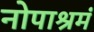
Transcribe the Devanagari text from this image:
नोपाश्रमं